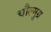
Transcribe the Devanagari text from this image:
चौल्मुग्र